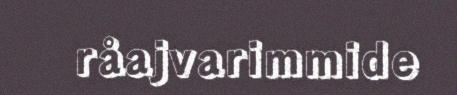
råajvarimmide